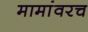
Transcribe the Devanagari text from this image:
मामांवरच